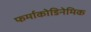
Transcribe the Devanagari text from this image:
फर्माकोडिनेमिक